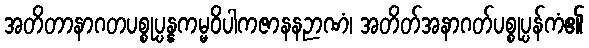
အတိတာနာဂတပစ္စုပ္ပန္နကမ္မဝိပါကဇာနနဉာဏံ၊ အတိတ်အနာဂတ်ပစ္စုပ္ပန်ကံ၏